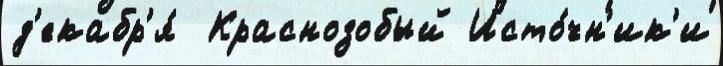
д'екабр'я́  Краснозобый Исто́чн'ик'и